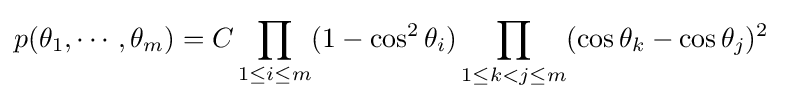
p(\theta _{1},\cdots ,\theta _{m})=C\prod _{1\leq i\leq m}(1-\cos ^{2}\theta _{i})\prod _{1\leq k<j\leq m}(\cos \theta _{k}-\cos \theta _{j})^{2}~